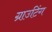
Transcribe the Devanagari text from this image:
ग्राउटिंग